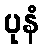
ပုနံ